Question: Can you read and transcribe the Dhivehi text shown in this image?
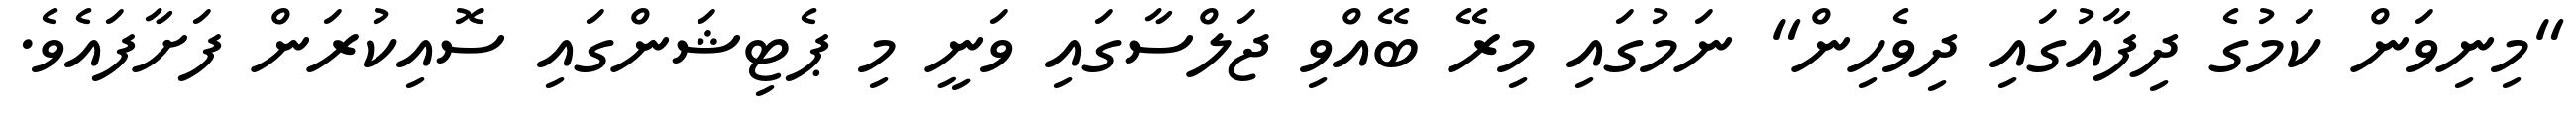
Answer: "މިނިވަން ކަމުގެ ދިފާއުގައި ދިވެހިން" ނަމުގައި މިރޭ ބޭއްވި ޖަލްސާގައި ވަނީ މި ޕެޓިޝަންގައި ސޮއިކުރަން ފަށާފައެވެ.